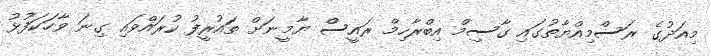
މިއަދުގެ ރަސްމިއްޔާތުގައި ގާސިމް އިބްރާހިމް ރައީސް ޔާމީނަށް ތައުރީފު ކުރައްވައި ގިނަ ވާހަކަފުޅު